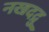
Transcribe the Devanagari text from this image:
नखदद्रु